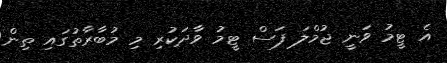
އެ ޓީމު ވަނީ ޖުމްލަ ފަސް ޓީމު ވާދަކުރި މި މުބާރާތުގައި ތިން